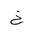
Letter: _kha